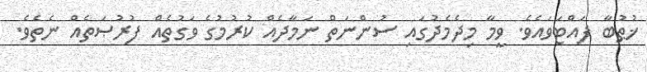
ޚުޠުބާ ފައްޓަވައެވެ. ވީމާ މިދެމެދުގައި ސުންނަތް ނަމާދެއް ކުރުމުގެ ވަގުތެއް ފުރުޞަތެއް ނެތެވެ.